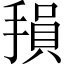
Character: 𫽭